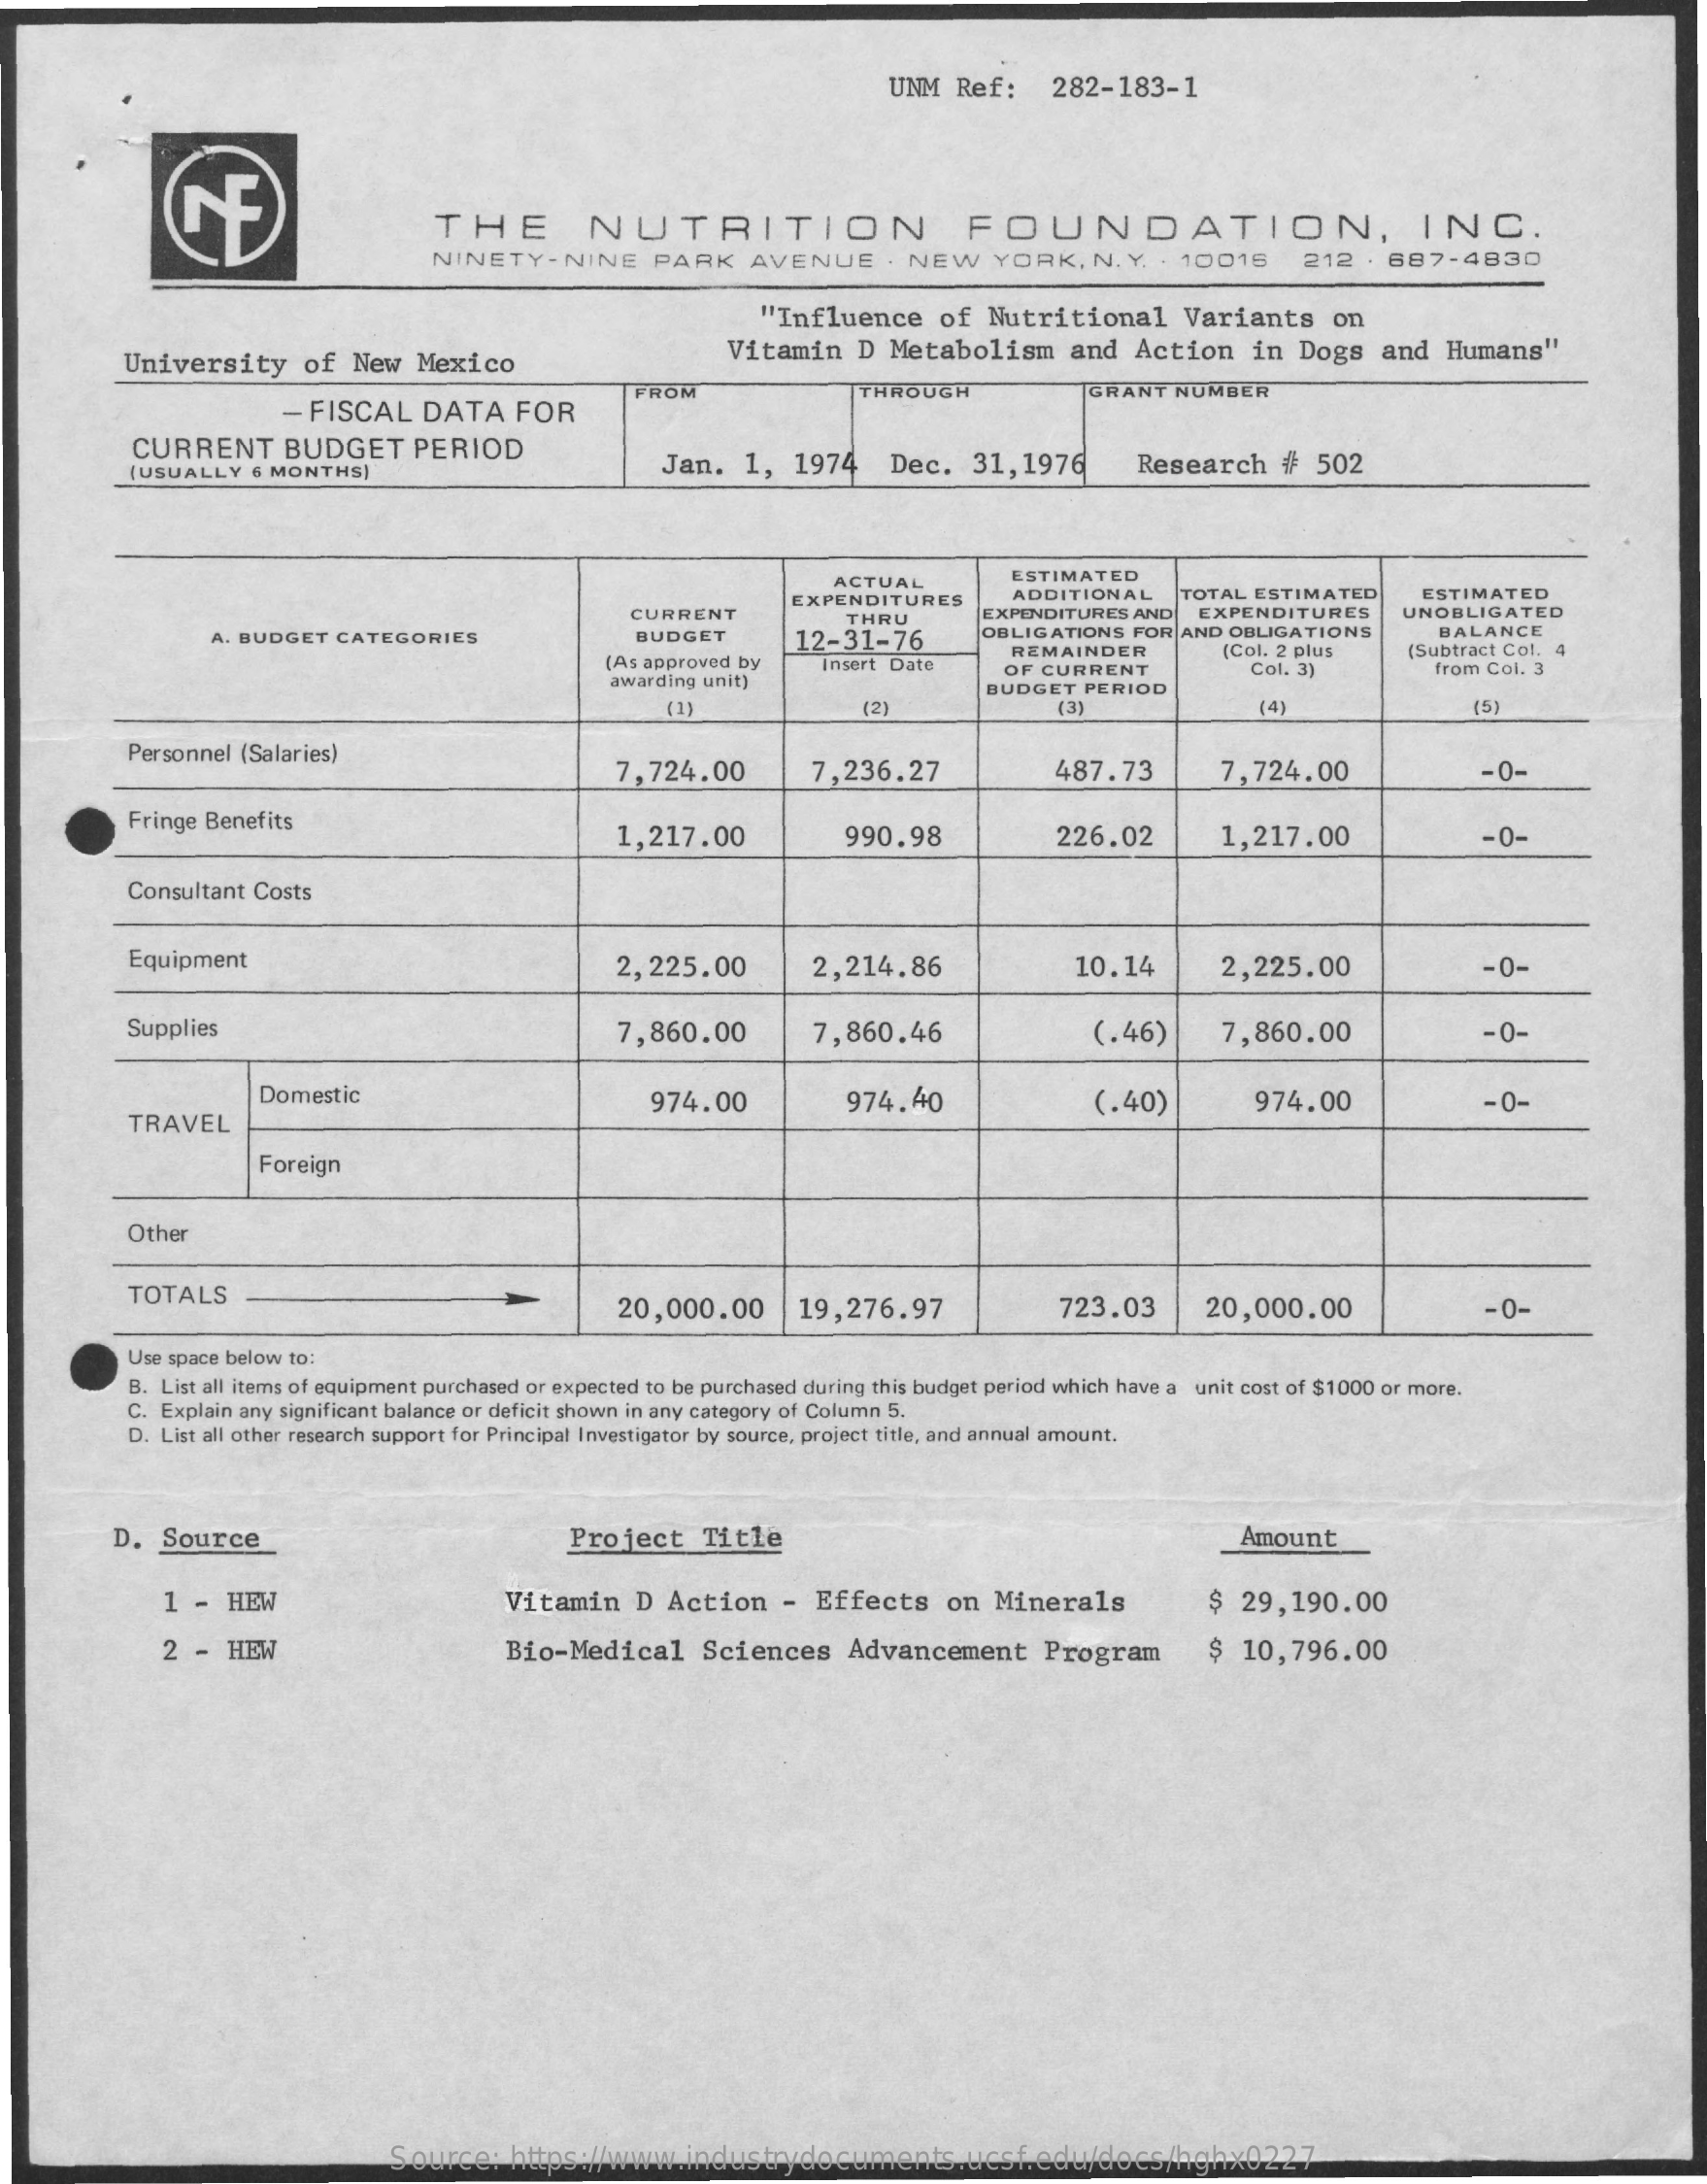
UNM  Ref:    282-183-1
     CE    THE    NUTRITION    FOUNDATION,    INC.
     NINETY    - NINE  PARK    AVENUE    . NEW    YORK,   N. Y. . 10016    212  . 687-4830
     "Influence    of  Nutritional    Variants    on
     University    of  New   Mexico
     Vitamin   D  Metabolism    and  Action    in  Dogs   and  Humans"
     -  FISCAL   DATA    FOR
     FROM    THROUGH    GRANT  NUMBER
     CURRENT    BUDGET    PERIOD
     (USUALLY  6 MONTHS)    Jan.  1,  1974    Dec.   31, 1976    Research    #  502
     ACTUAL    ESTIMATED
     CURRENT
     EXPENDITURES    ADDITIONAL    TOTAL ESTIMATED
     EXPENDITURES
     ESTIMATED
     EXPENDITURES AND    UNOBLIGATED
     A. BUDGET CATEGORIES    BUDGET
     THRU
     12-31-76    OBLIGATIONS FOR  AND OBLIGATIONS    BALANCE
     (As approved by
     REMAINDER    (Col. 2 plus
     awarding unit)
     Insert Date    OF CURRENT    Col. 3)
     [Subtract Col. 4
     BUDGET  PERIOD
     from Col. 3
     (1)    (2)    (3)    (4)    (5)
     Personnel (Salaries)
     7,724.00    7,236.27    487.73    7,724.00    -0-
     Fringe Benefits
     1,217.00    990.98    226.02    1,217.00    -0-
     Consultant Costs
     Equipment    2,225.00    2,214.86    10.14    2,225.00    -0-
     Supplies    7,860.00    7,860.46    (.46)    7,860.00    -0-
     Domestic
     TRAVEL
     974.00    974.40    (.40)    974.00    -0-
     Foreign
     Other
     TOTALS
     20,000.00    19,276.97    723.03    20,000.00    -0-
     Use space below to:
     B. List all items of equipment purchased or expected to be purchased during this budget period which have a unit cost of $1000 or more.
     C. Explain any significant balance or deficit shown in any category of Column 5.
     D. List all other research support for Principal Investigator by source, project title, and annual amount.
     D.  Source    Project   Title    Amount
     1 -  HEW    Vitamin    D Action    -  Effects    on  Minerals    $  29,190.00
     2 -  HEW    Bio-Medical    Sciences    Advancement    Program    $ 10,796.00
     Source:   https://www.industrydocuments.ucsf.edu/docs/hghx0227